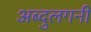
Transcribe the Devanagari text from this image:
अब्दुलगनी